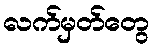
လက်မှတ်တွေ